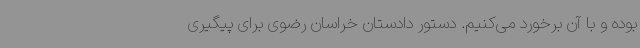
بوده و با آن برخورد می‌کنیم. دستور دادستان خراسان رضوی برای پیگیری